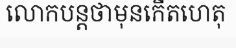
លោកបន្តថាមុនកើតហេតុ